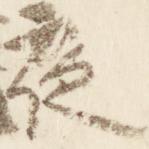
夜